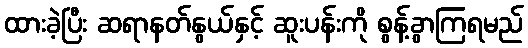
ထားခဲ့ပြီး ဆရာနတ်နွယ်နှင့် ဆူးပန်းကို စွန့်ခွာကြရမည်